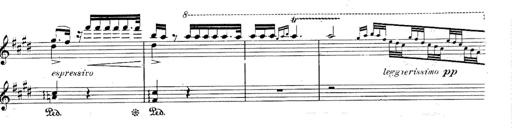
Title: Le rossignol
Composer: Franz Liszt